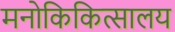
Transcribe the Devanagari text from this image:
मनोकिकित्सालय